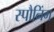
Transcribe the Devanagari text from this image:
स्पौनिंग